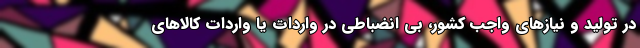
در تولید و نیازهای واجب کشور، بی انضباطی در واردات یا واردات کالاهای